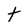
Character: t